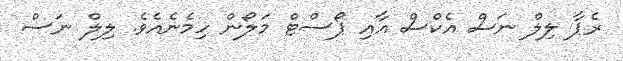
ރެޕާ ލިލް ނަސް އެކްސް އާއި ޕޯސްޓް މަލޯން ހިމެނެއެވެ. ލިލް ނަސް